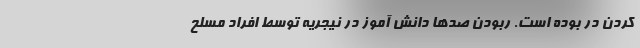
کردن در بوده است. ربودن صدها دانش آموز در نیجریه توسط افراد مسلح